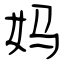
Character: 妈